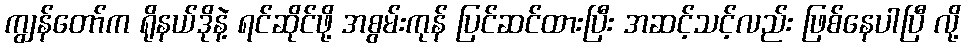
ကျွန်တော်က ရိုနယ်ဒိုနဲ့ ရင်ဆိုင်ဖို့ အစွမ်းကုန် ပြင်ဆင်ထားပြီး အဆင့်သင့်လည်း ဖြစ်နေပါပြီ လို့